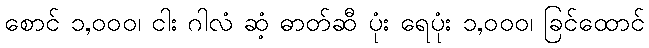
စောင် ၁,၀၀၀၊ ငါး ဂါလံ ဆံ့ ဓာတ်ဆီ ပုံး ရေပုံး ၁,၀၀၀၊ ခြင်ထောင်